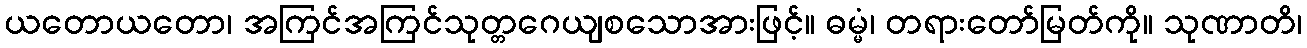
ယတောယတော၊ အကြင်အကြင်သုတ္တဂေယျစသောအားဖြင့်။ ဓမ္မံ၊ တရားတော်မြတ်ကို။ သုဏာတိ၊